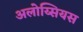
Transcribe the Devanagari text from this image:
अलोय्सियस